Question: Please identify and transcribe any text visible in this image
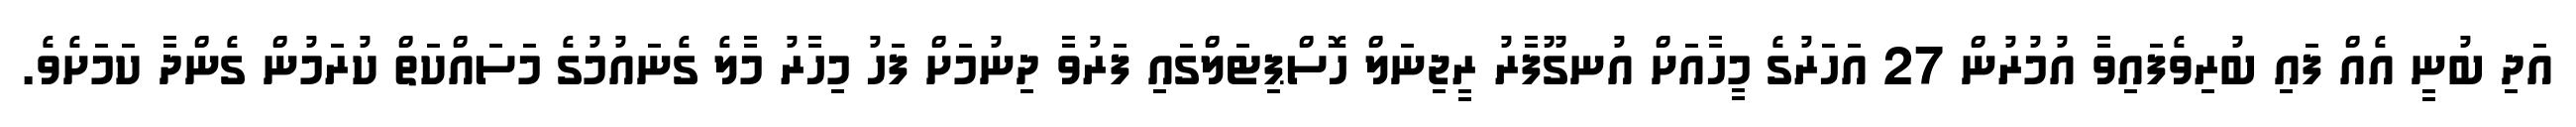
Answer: އަދި ބުނީ އެއް ފައި ބުރިވެފައިވާ އުމުރުން 27 އަހަރުގެ މީހާއަށް އުނގޫފާރު ރީޖިނަލް ހޮސްޕިޓަލްގައި ފަރުވާ ދިނުމަށް ފަހު މިހާރު މާލެ ގެނައުމުގެ މަސައްކަތް ކުރަމުން ގެންދާ ކަމަށެވެ.